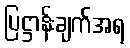
ပြဋ္ဌာန်းချက်အရ